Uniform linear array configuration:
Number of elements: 16
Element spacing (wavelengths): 0.5
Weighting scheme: hann
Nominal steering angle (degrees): -45
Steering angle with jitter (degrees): -43.752
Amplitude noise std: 0.05
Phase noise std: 0.05

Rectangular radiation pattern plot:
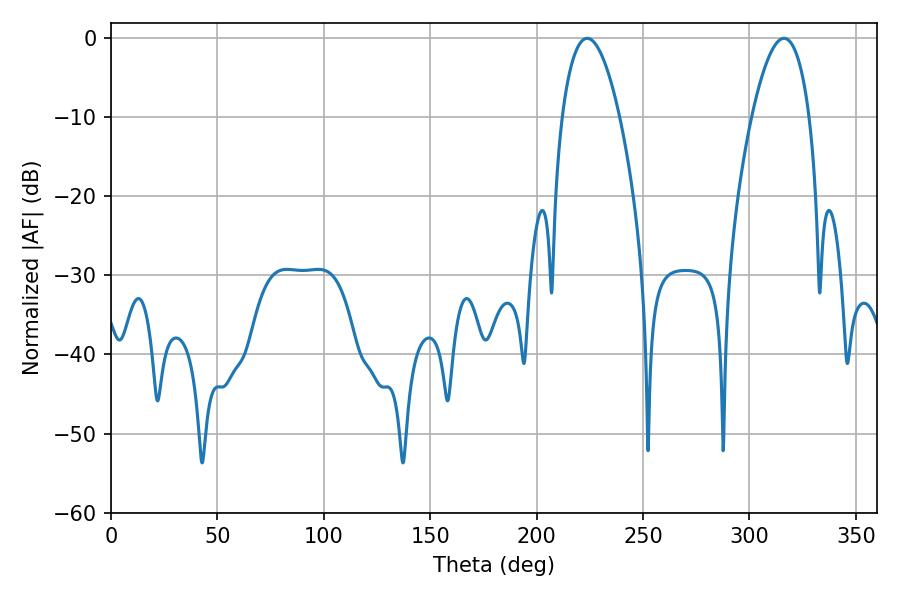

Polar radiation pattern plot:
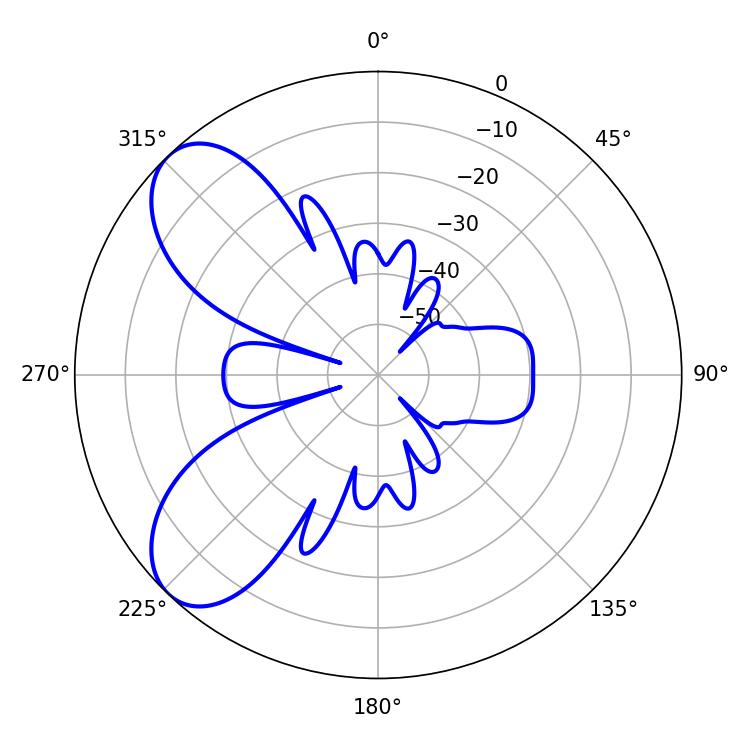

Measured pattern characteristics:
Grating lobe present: FALSE
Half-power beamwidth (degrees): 15.12
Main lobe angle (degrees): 223.74